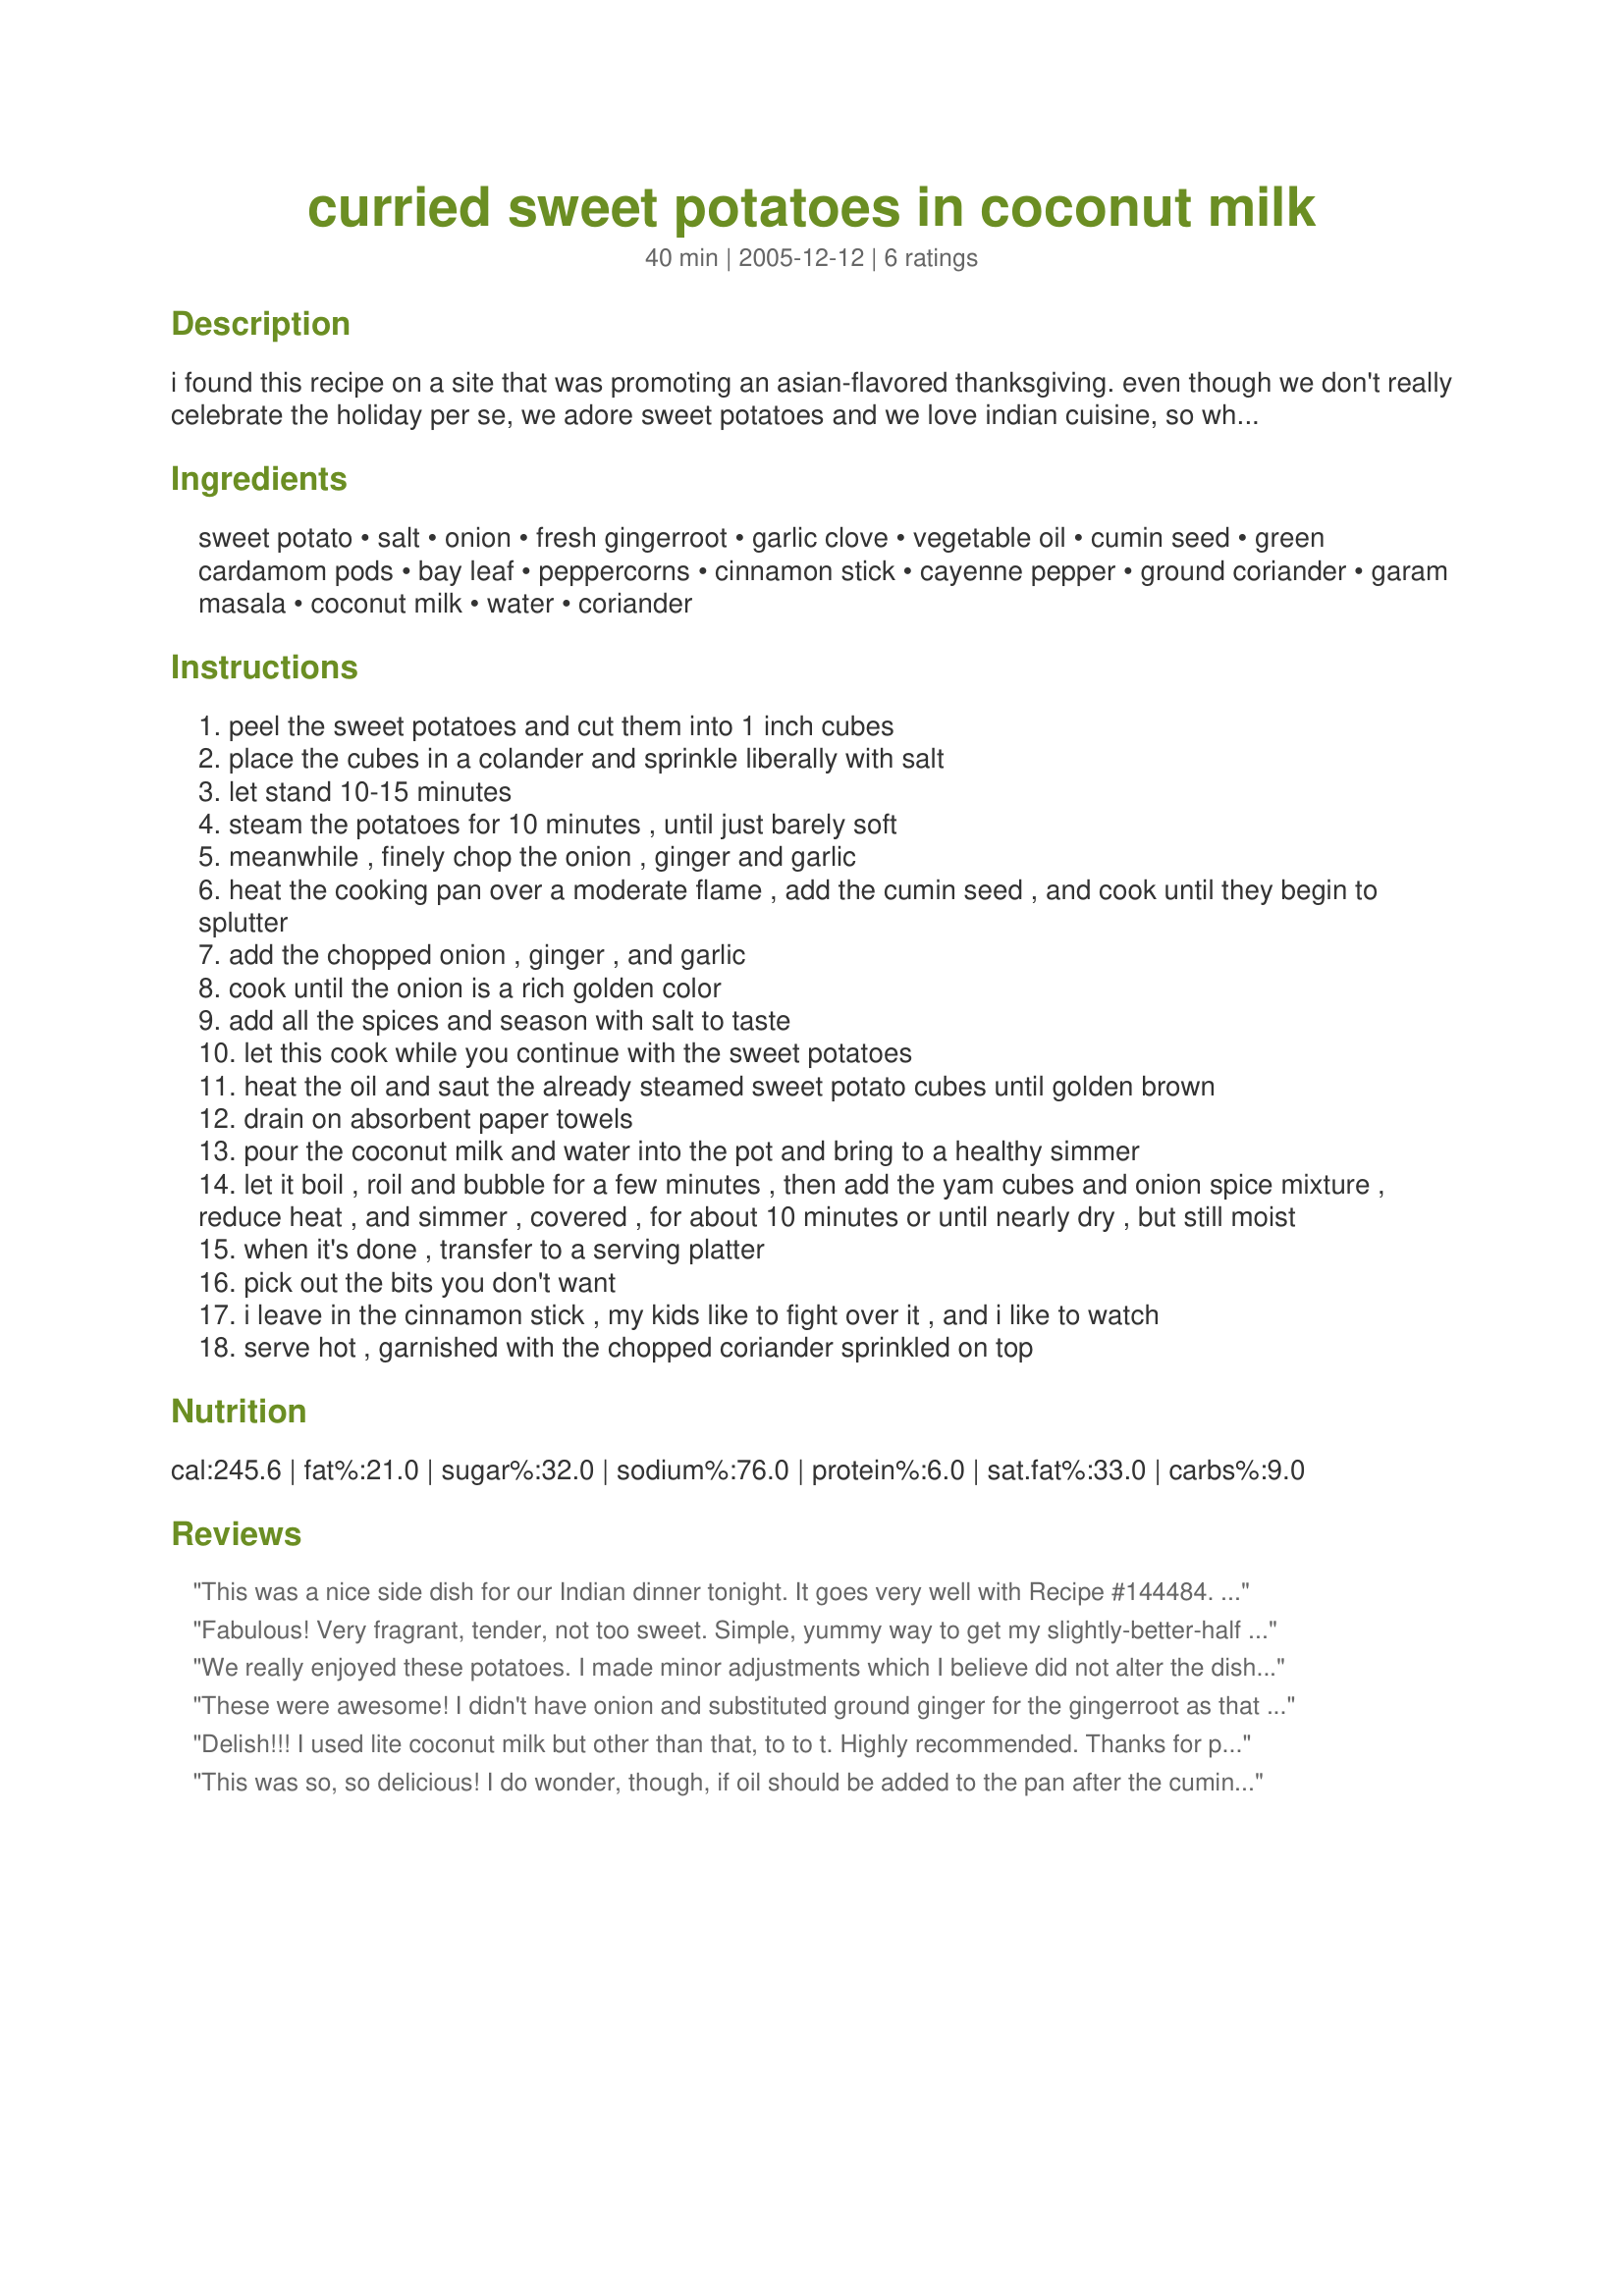
curried sweet potatoes in coconut milk
Preparation time: 40 minutes

i found this recipe on a site that was promoting an asian-flavored thanksgiving. even though we don't really celebrate the holiday per se, we adore sweet potatoes and we love indian cuisine, so why limit ourselves? the original recipe called for yams, but i subbed in the sweet potatoes. feel free to re-sub the yams. i also adapted the recipe a bit to tailor it more to our family's tastes.

Ingredients:
sweet potato, salt, onion, fresh gingerroot, garlic clove, vegetable oil, cumin seed, green cardamom pods, bay leaf, peppercorns, cinnamon stick, cayenne pepper, ground coriander, garam masala, coconut milk, water, coriander

Steps:
peel the sweet potatoes and cut them into 1 inch cubes
place the cubes in a colander and sprinkle liberally with salt
let stand 10-15 minutes
steam the potatoes for 10 minutes , until just barely soft
meanwhile , finely chop the onion , ginger and garlic
heat the cooking pan over a moderate flame , add the cumin seed , and cook until they begin to splutter
add the chopped onion , ginger , and garlic
cook until the onion is a rich golden color
add all the spices and season with salt to taste
let this cook while you continue with the sweet potatoes
heat the oil and saut the already steamed sweet potato cubes until golden brown
drain on absorbent paper towels
pour the coconut milk and water into the pot and bring to a healthy simmer
let it boil , roil and bubble for a few minutes , then add the yam cubes and onion spice mixture , reduce heat , and simmer , covered , for about 10 minutes or until nearly dry , but still moist
when it's done , transfer to a serving platter
pick out the bits you don't want
i leave in the cinnamon stick , my kids like to fight over it , and i like to watch
serve hot , garnished with the chopped coriander sprinkled on top

Reviews:
This was a nice side dish for our Indian dinner tonight. It goes very well with Recipe #144484. I used lite coconut milk and didn't really measure my spices, just sprinkled them on with a liberal hand. I did go ahead and use ground cumin - I may have lost out on some flavor, but I'm sure I gained in my husband not commenting on any unexpected textures. Thanks for posting!
Fabulous! Very fragrant, tender, not too sweet. Simple, yummy way to get my slightly-better-half to eat his vegetables and a great alternative to standard American yam/sweet potato recipes. Good as a side dish for a non-coconut curry (e.g. dhal, chicken).
I did make substitutions for ingredients I had on hand - yams for the sweet potatoes, milk for the water, powdered cinnamon for the stick and I eliminated the cumin seed and cardamom steps, opting instead for 1 teaspoon of garam masala and 1/2 teaspoon hot curry powder to "make up for" the removal of these spices.
We really enjoyed these potatoes. I made minor adjustments which I believe did not alter the dish significantly. I fried the cumin seeds in the oil until they became reddish, and proceeded from there. I microwaved the potato cubes until they were barely softened, and did not fry them, just adding the cubes to the completed sauce to finish cooking while the sauce reduced further. My guests asked for the recipe.
These were awesome! I didn't have onion and substituted ground ginger for the gingerroot as that was all I had. Absolutely fabulous. My husband loved them. These will be added to my regular rotation. Thanks for sharing!
Delish!!! I used lite coconut milk but other than that, to to t. Highly recommended. Thanks for posting.
This was so, so delicious! I do wonder, though, if oil should be added to the pan after the cumin seeds are toasted, before the vegetables are added. Also, next time I will probably skip pan-frying the sweet potatoes and see if the results are similar. This is a great recipe, though. Thanks, Mirj!
